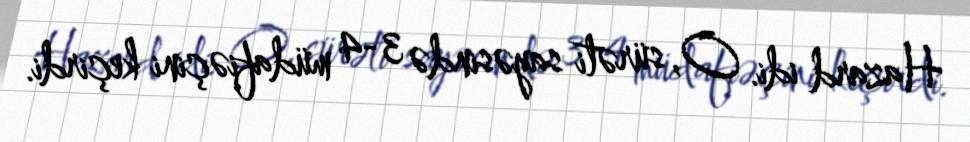
Hazard idi. O, sürəti sayəsində 3-4 müdafiəçini keçirdi.